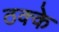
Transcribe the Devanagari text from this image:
ठक्के